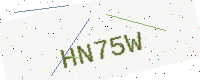
Text: HN75W